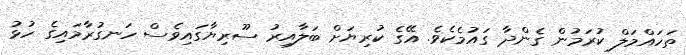
ތަހައްމަލް ކުރަމުން ގެންދާ ގައުމެކެވެ. އޭގެ ކުރިޔަށް ބަލާއިރު ސޫރިޔާގައިވެސް ހަނގުރާމައިގެ ހުޅު